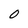
Character: 0